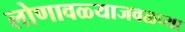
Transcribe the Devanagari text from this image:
लोणावळ्याजवळच्या